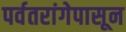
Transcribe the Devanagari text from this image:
पर्वतरांगेपासून